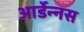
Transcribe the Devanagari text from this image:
आर्डेन्नस